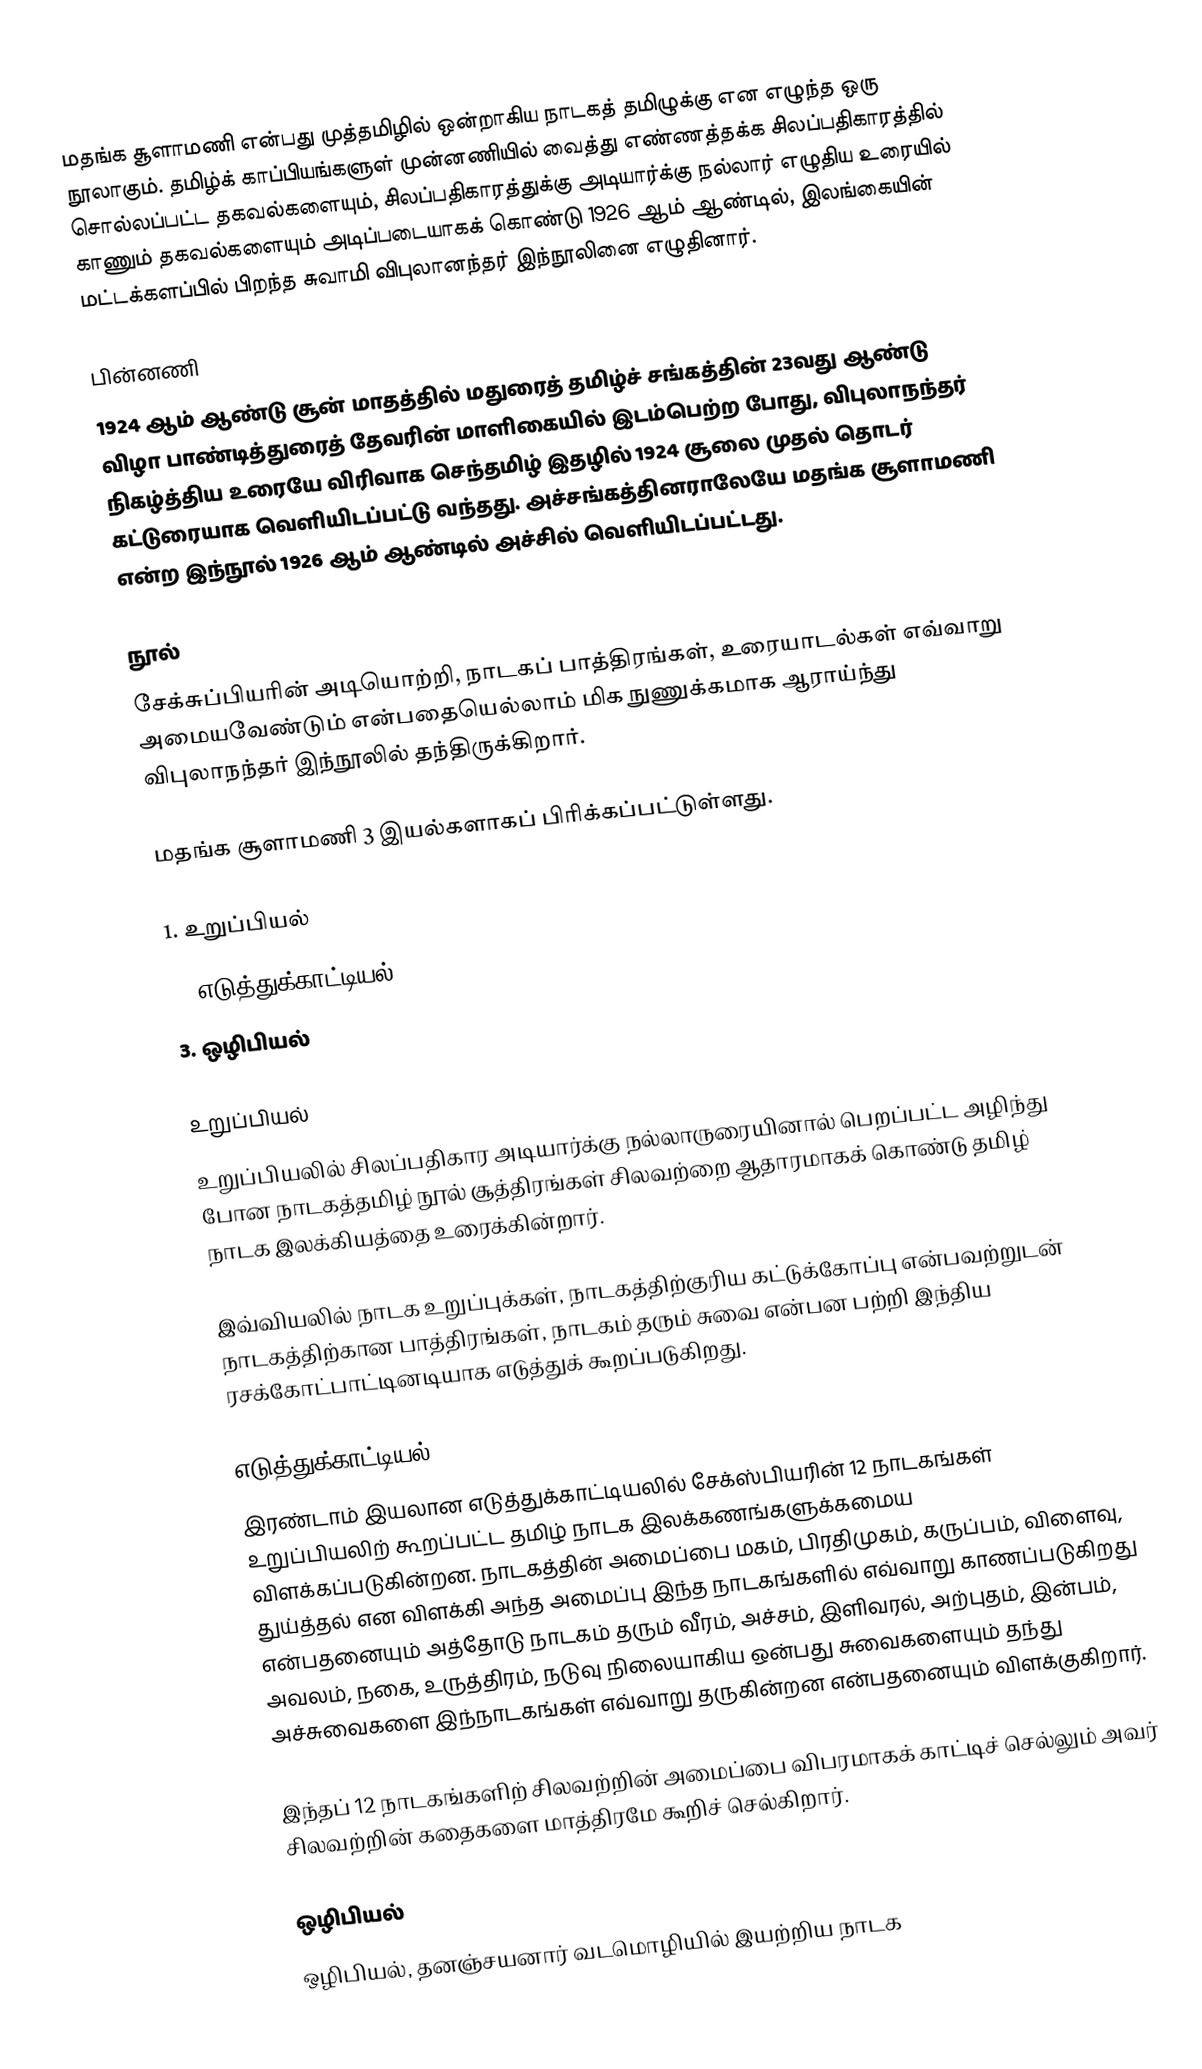
மதங்க சூளாமணி என்பது முத்தமிழில் ஒன்றாகிய நாடகத் தமிழுக்கு என எழுந்த ஒரு நூலாகும். தமிழ்க் காப்பியங்களுள் முன்னணியில் வைத்து எண்ணத்தக்க சிலப்பதிகாரத்தில் சொல்லப்பட்ட தகவல்களையும், சிலப்பதிகாரத்துக்கு அடியார்க்கு நல்லார் எழுதிய உரையில் காணும் தகவல்களையும் அடிப்படையாகக் கொண்டு 1926 ஆம் ஆண்டில், இலங்கையின் மட்டக்களப்பில் பிறந்த சுவாமி விபுலானந்தர் இந்நூலினை எழுதினார்.

பின்னணி
1924 ஆம் ஆண்டு சூன் மாதத்தில் மதுரைத் தமிழ்ச் சங்கத்தின் 23வது ஆண்டு விழா பாண்டித்துரைத் தேவரின் மாளிகையில் இடம்பெற்ற போது, விபுலாநந்தர் நிகழ்த்திய உரையே விரிவாக செந்தமிழ் இதழில் 1924 சூலை முதல் தொடர் கட்டுரையாக வெளியிடப்பட்டு வந்தது. அச்சங்கத்தினராலேயே மதங்க சூளாமணி என்ற இந்நூல் 1926 ஆம் ஆண்டில் அச்சில் வெளியிடப்பட்டது.

நூல்
சேக்சுப்பியரின் அடியொற்றி, நாடகப் பாத்திரங்கள், உரையாடல்கள் எவ்வாறு அமையவேண்டும் என்பதையெல்லாம் மிக நுணுக்கமாக ஆராய்ந்து விபுலாநந்தர் இந்நூலில் தந்திருக்கிறார்.

மதங்க சூளாமணி 3 இயல்களாகப் பிரிக்கப்பட்டுள்ளது.

1. உறுப்பியல்
2. எடுத்துக்காட்டியல்.
3. ஒழிபியல்

உறுப்பியல்
உறுப்பியலில் சிலப்பதிகார அடியார்க்கு நல்லாருரையினால் பெறப்பட்ட அழிந்து போன நாடகத்தமிழ் நூல் சூத்திரங்கள் சிலவற்றை ஆதாரமாகக் கொண்டு தமிழ் நாடக இலக்கியத்தை உரைக்கின்றார்.

இவ்வியலில் நாடக உறுப்புக்கள், நாடகத்திற்குரிய கட்டுக்கோப்பு என்பவற்றுடன் நாடகத்திற்கான பாத்திரங்கள், நாடகம் தரும் சுவை என்பன பற்றி இந்திய ரசக்கோட்பாட்டினடியாக எடுத்துக் கூறப்படுகிறது.

எடுத்துக்காட்டியல்
இரண்டாம் இயலான எடுத்துக்காட்டியலில் சேக்ஸ்பியரின் 12 நாடகங்கள் உறுப்பியலிற் கூறப்பட்ட தமிழ் நாடக இலக்கணங்களுக்கமைய விளக்கப்படுகின்றன. நாடகத்தின் அமைப்பை மகம், பிரதிமுகம், கருப்பம், விளைவு, துய்த்தல் என விளக்கி அந்த அமைப்பு இந்த நாடகங்களில் எவ்வாறு காணப்படுகிறது என்பதனையும் அத்தோடு நாடகம் தரும் வீரம், அச்சம், இளிவரல், அற்புதம், இன்பம், அவலம், நகை, உருத்திரம், நடுவு நிலையாகிய ஒன்பது சுவைகளையும் தந்து அச்சுவைகளை இந்நாடகங்கள் எவ்வாறு தருகின்றன என்பதனையும் விளக்குகிறார்.

இந்தப் 12 நாடகங்களிற் சிலவற்றின் அமைப்பை விபரமாகக் காட்டிச் செல்லும் அவர் சிலவற்றின் கதைகளை மாத்திரமே கூறிச் செல்கிறார்.

ஒழிபியல்
ஒழிபியல், தனஞ்சயனார் வடமொழியில் இயற்றிய நாடக